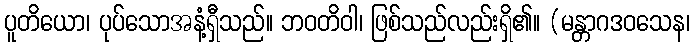
ပူတိယော၊ ပုပ်သောအနံ့ရှီသည်။ ဘဝတိဝါ၊ ဖြစ်သည်လည်းရှိ၏။ (မန္တာဂဒဝသေန၊